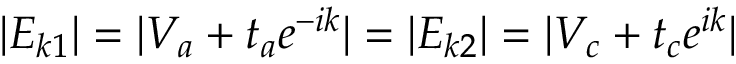
| E _ { k 1 } | = | V _ { a } + t _ { a } e ^ { - i k } | = | E _ { k 2 } | = | V _ { c } + t _ { c } e ^ { i k } |